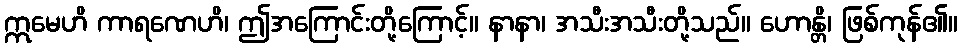
ဣမေဟိ ကာရဏေဟိ၊ ဤအကြောင်းတို့ကြောင့်။ နာနာ၊ အသီးအသီးတို့သည်။ ဟောန္တိ၊ ဖြစ်ကုန်၏။